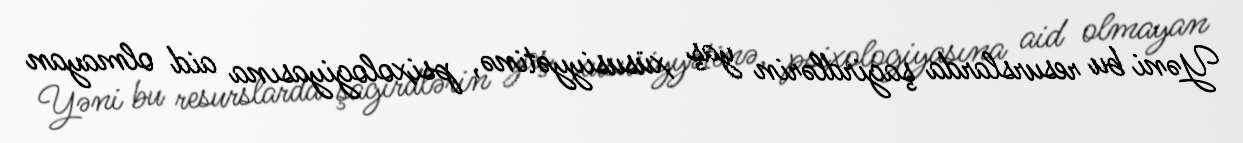
Yəni bu resurslarda şagirdlərin yaş xüsusiyyətinə, psixologiyasına aid olmayan